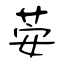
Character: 荌